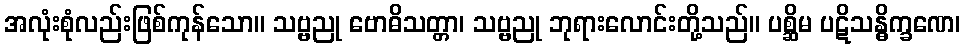
အလုံးစုံလည်းဖြစ်ကုန်သော။ သဗ္ဗညု ဗောဓိသတ္တာ၊ သဗ္ဗညု ဘုရားလောင်းတို့သည်။ ပစ္ဆိမ ပဋိသန္ဓိက္ခဏေ၊